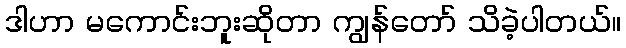
ဒါဟာ မကောင်းဘူးဆိုတာ ကျွန်တော် သိခဲ့ပါတယ်။